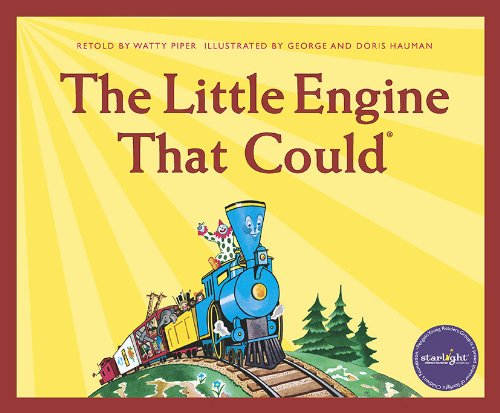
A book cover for The Little Engine That Could: Deluxe Edition; Watty Piper; Children's Books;